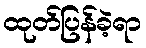
ထုတ်ပြန်ခဲ့ရာ